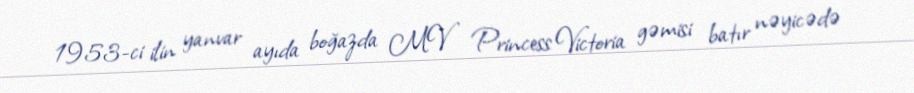
1953-ci ilin yanvar ayıda boğazda MV Princess Victoria gəmisi batır nəyicədə